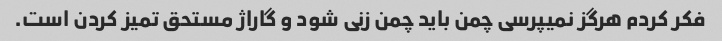
فکر کردم هرگز نمیپرسی چمن باید چمن زنی شود و گاراژ مستحق تمیز کردن است.